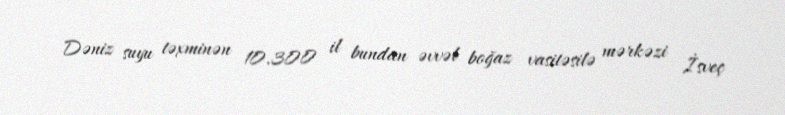
Dəniz suyu təxminən 10.300 il bundan əvvəl boğaz vasitəsilə mərkəzi İsveç